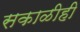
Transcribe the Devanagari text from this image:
सकाळीही